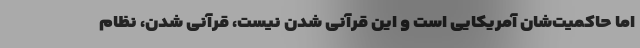
اما حاکمیت‌شان آمریکایی است و این قرآنی شدن نیست، قرآنی شدن، نظام